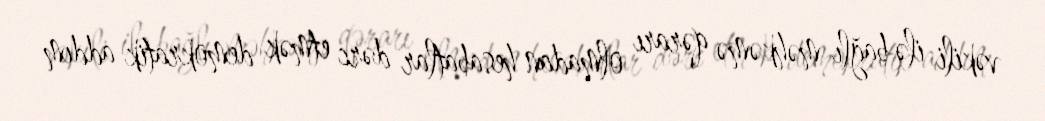
vəkili ilə bağlı məhkəmə qərarı olmadan hesabatlar dərc etmək demokratik addım